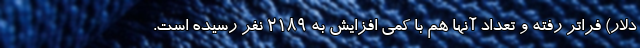
دلار) فراتر رفته و تعداد آنها هم با کمی افزایش به ۲۱۸۹ نفر رسیده است.